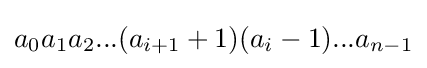
a_{0}a_{1}a_{2}...(a_{i+1}+1)(a_{i}-1)...a_{n-1}